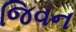
જિવન